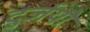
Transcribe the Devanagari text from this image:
दुर्जयो